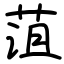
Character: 菹